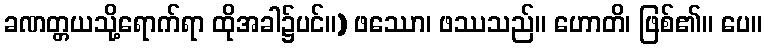
ခဏတ္တယသို့ရောက်ရာ ထိုအခါ၌ပင်။) ဖဿော၊ ဖဿသည်။ ဟောတိ၊ ဖြစ်၏။ ပေ။